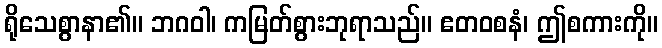
ရိုသေစွာနာ၏။ ဘဂဝါ၊ ကမြတ်စွားဘုရာသည်။ ဧတဝစနံ၊ ဤစကားကို။